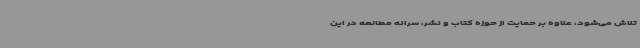
تلاش می‌شود، علاوه بر حمایت از حوزه کتاب و نشر، سرانه مطالعه در این